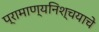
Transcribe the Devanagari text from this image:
प्रामाण्यनिश्चयाचे